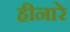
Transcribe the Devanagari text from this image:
हीनारे